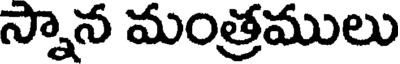
స్నాన మంత్రములు